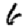
Digit: 6